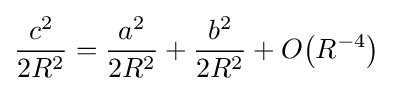
{\frac {c^{2}}{2R^{2}}}={\frac {a^{2}}{2R^{2}}}+{\frac {b^{2}}{2R^{2}}}+O{\left(R^{-4}\right)}